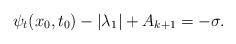
LaTeX: \begin{align*}\psi_t (x_0,t_0) - |\lambda_1| + A_{k+1} = -\sigma .\end{align*}